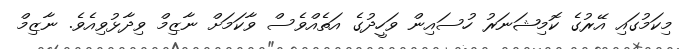
މިކަމުގައި އޭރުގެ ކޮމިޝަނަރު ހުސައިން ވަހީދުގެ އަތެއްވެސް ވާކަމަށް ނާޒިމް ވިދާޅުވިއެވެ. ނާޒިމް